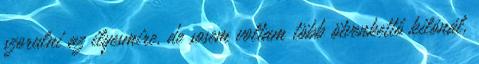
szorulni az ilyesmire, de sosem voltam több ötvenkettő kilónál,